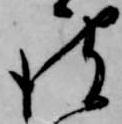
彼